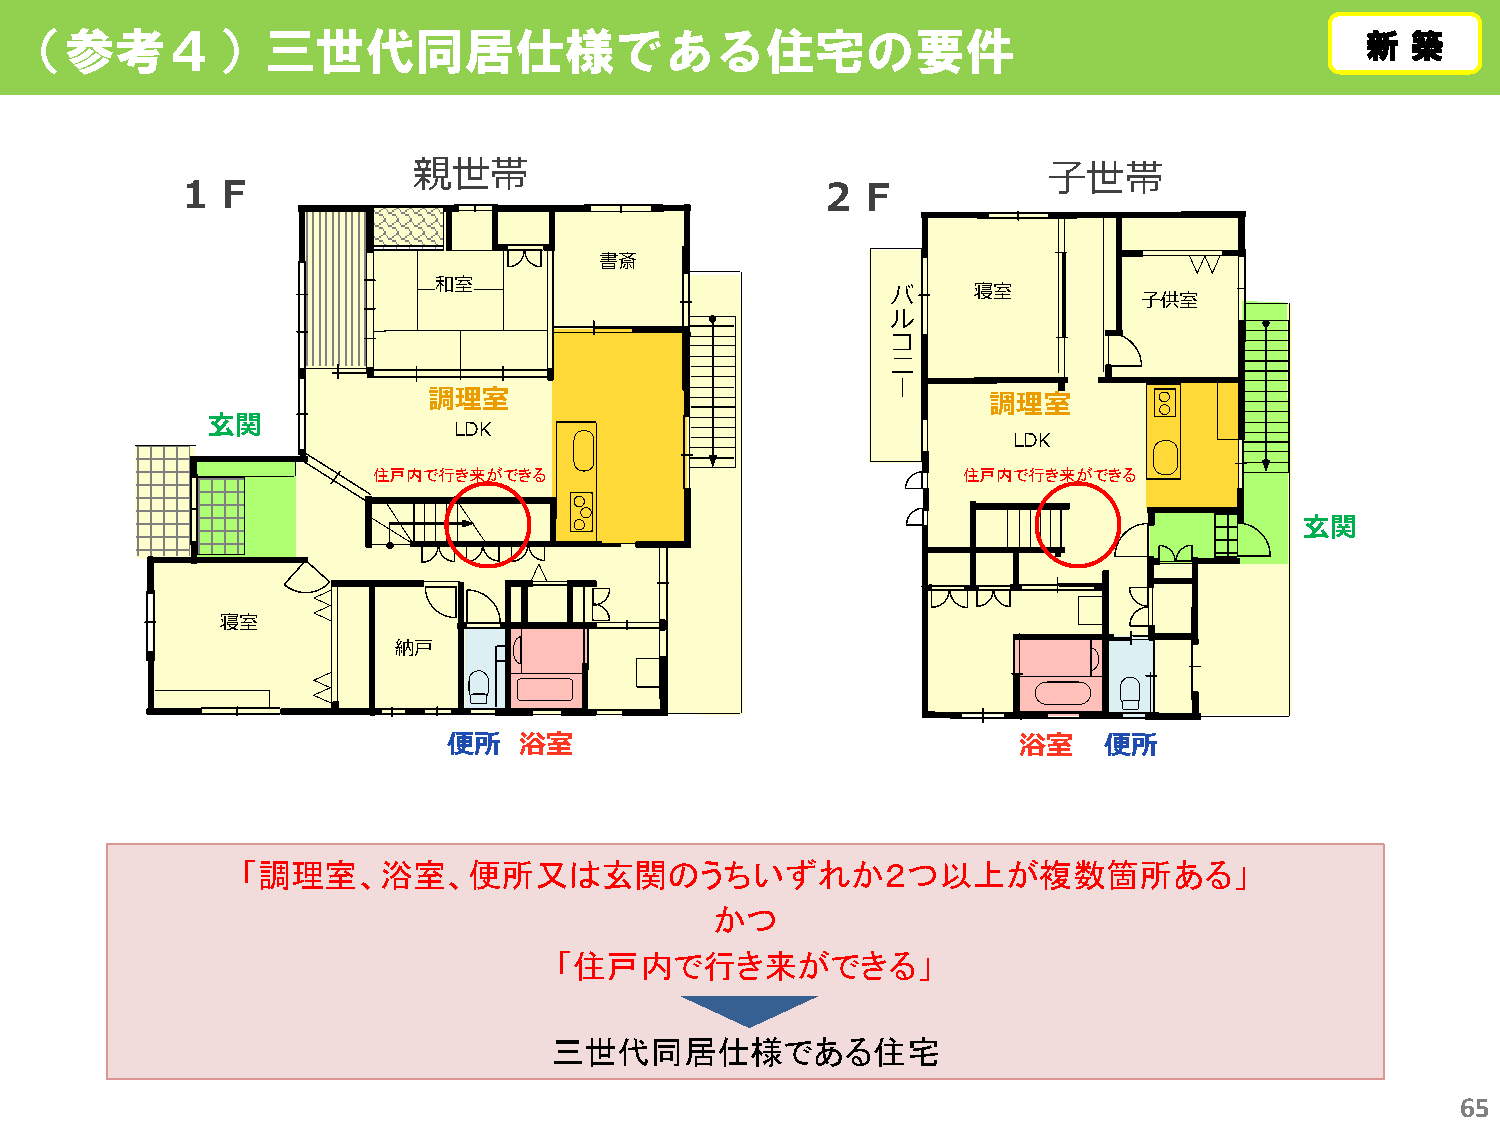
（参考４）三世代同居仕様である住宅の要件                                                                     新新 築築
 親世帯                                       子世帯
 １Ｆ                                        ２Ｆ
 書斎
 和室
 バ    寝室          子供室
 ル
 コ
 ニ
 ー
 調理室                                   調理室
 玄関
 LDK
 LDK
 住戸内で行き来ができる                            住戸内で行き来ができる
 玄関
 寝室
 納戸
 便所  浴室                               浴室    便所
 「調理室、浴室、便所又は玄関のうちいずれか２つ以上が複数箇所ある」
 かつ
 「住戸内で行き来ができる」
 三世代同居仕様である住宅
 65